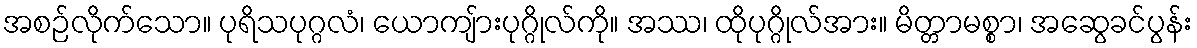
အစဉ်လိုက်သော။ ပုရိသပုဂ္ဂလံ၊ ယောကျ်ားပုဂ္ဂိုလ်ကို။ အဿ၊ ထိုပုဂ္ဂိုလ်အား။ မိတ္တာမစ္စာ၊ အဆွေခင်ပွန်း